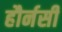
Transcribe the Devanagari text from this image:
हौर्नसी